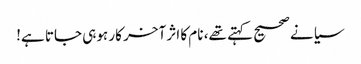
سیانے صحیح کہتے تھے، نام کا اثر آخر کار ہوہی جاتا ہے!